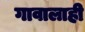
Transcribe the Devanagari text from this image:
गावालाही